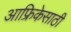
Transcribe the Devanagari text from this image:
आफ्रिकेसाठी